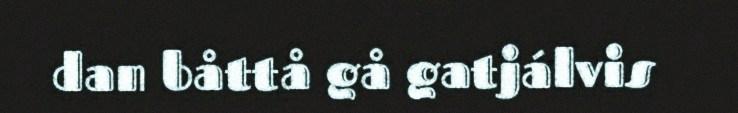
dan båttå gå gatjálvis